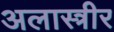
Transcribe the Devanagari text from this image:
अलास्त्रीर